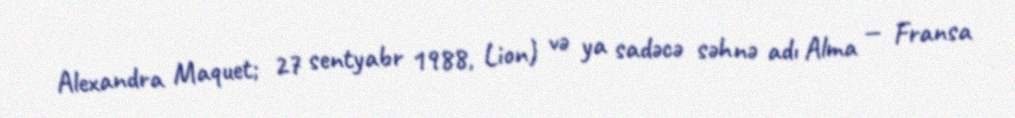
Alexandra Maquet; 27 sentyabr 1988, Lion) və ya sadəcə səhnə adı Alma — Fransa